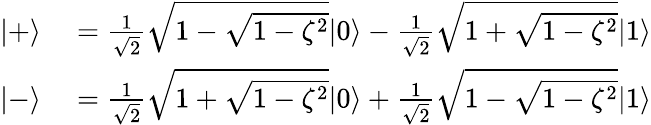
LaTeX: \begin{array}{rl}{|+\rangle}&{{}=\frac{1}{\sqrt{2}}\sqrt{1-\sqrt{1-\zeta^{2}}}|0\rangle-\frac{1}{\sqrt{2}}\sqrt{1+\sqrt{1-\zeta^{2}}}|1\rangle}\\ {|-\rangle}&{{}=\frac{1}{\sqrt{2}}\sqrt{1+\sqrt{1-\zeta^{2}}}|0\rangle+\frac{1}{\sqrt{2}}\sqrt{1-\sqrt{1-\zeta^{2}}}|1\rangle}\end{array}